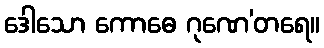
ဒေါသော ကောဓေ ဂုဏေ’တရေ။